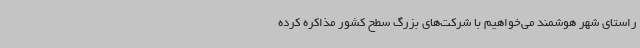
راستای شهر هوشمند می‌خواهیم با شرکت‌های بزرگ سطح کشور مذاکره کرده